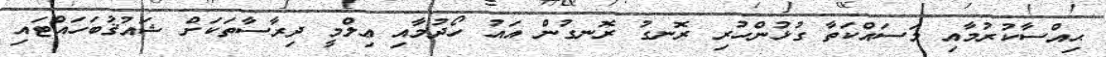
ޙިއްސާކުރުމާއި މަސައްކަތާ ގުޅުންހުރި ރޮނގު ރޮނގުން އައު ހޯދުމާއި ޢިލްމީ ދިރާސާތަކަށް ޝައުޤުބަހައްޓައި